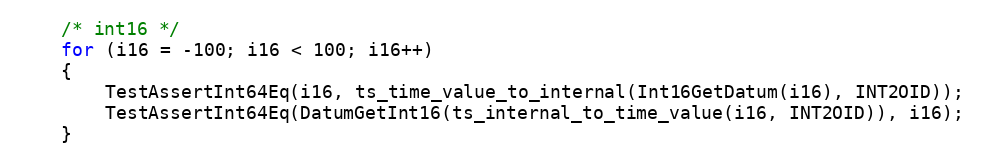
Language: C
	/* int16 */
	for (i16 = -100; i16 < 100; i16++)
	{
		TestAssertInt64Eq(i16, ts_time_value_to_internal(Int16GetDatum(i16), INT2OID));
		TestAssertInt64Eq(DatumGetInt16(ts_internal_to_time_value(i16, INT2OID)), i16);
	}